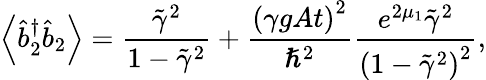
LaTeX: \left\langle\hat{b}_{2}^{\dagger}\hat{b}_{2}\right\rangle=\frac{\tilde{\gamma}^{2}}{1-\tilde{\gamma}^{2}}+\frac{\left(\gamma gAt\right)^{2}}{\hslash^{2}}\frac{e^{2\mu_{1}}\tilde{\gamma}^{2}}{\left(1-\tilde{\gamma}^{2}\right)^{2}},